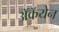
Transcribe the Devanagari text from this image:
अॅकॅयेन